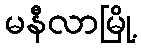
မနီလာမြို့